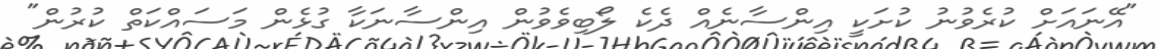
"އޭނައަށް ކުރެވުނު ކުށަކީ އިންސާނެއް ދެކެ ލޯބިވެވުން އިންސާނަކާ ގުޅެން މަސައްކަތް ކުރުން"